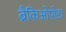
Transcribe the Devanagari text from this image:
ब्रैकिओपोडा